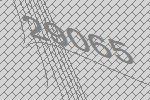
29065